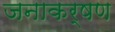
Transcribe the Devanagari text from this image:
जनाकर्षण